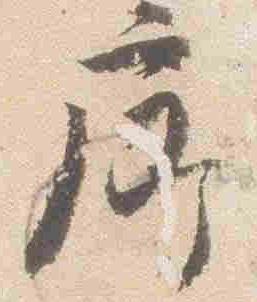
廊